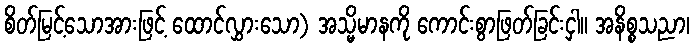
စိတ်မြင့်သောအားဖြင့် ထောင်လွှားသော) အသ္မိမာနကို ကောင်းစွာဖြတ်ခြင်းငှါ။ အနိစ္စသညာ၊